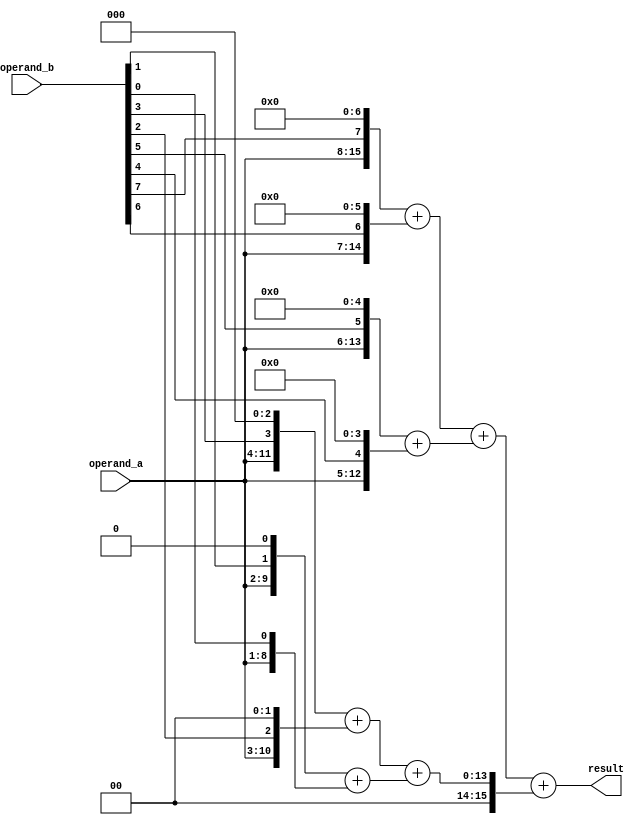
module WallaceTreeMultiplier(
    input wire [7:0] operand_a,
    input wire [7:0] operand_b,
    output wire [15:0] result
);

// Create partial products through binary multiplication
wire [15:0] partial_products [7:0];
genvar i;
generate
    for(i = 0; i < 8; i = i + 1) begin
        assign partial_products[i] = {operand_a, operand_b[i]} << i;
    end
endgenerate

// Accumulate partial products using tree structure
wire [15:0] accumulator_1 [3:0];
wire [15:0] accumulator_2 [1:0];

genvar j;
generate
    for(j = 0; j < 4; j = j + 1) begin
        assign accumulator_1[j] = partial_products[(j*2)+1] + partial_products[j*2];
    end

    for(j = 0; j < 2; j = j + 1) begin
        assign accumulator_2[j] = accumulator_1[(j*2)+1] + accumulator_1[j*2];
    end
endgenerate

// Reduce accumulated values to generate final result
assign result = accumulator_2[1] + accumulator_2[0];

endmodule